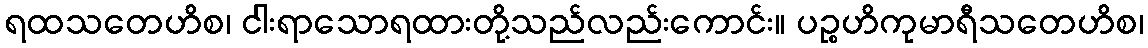
ရထသတေဟိစ၊ ငါးရာသောရထားတို့သည်လည်းကောင်း။ ပဉ္စဟိကုမာရီသတေဟိစ၊